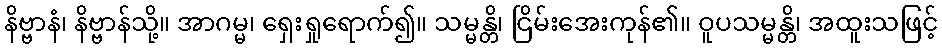
နိဗ္ဗာနံ၊ နိဗ္ဗာန်သို့။ အာဂမ္မ၊ ရှေးရှုရောက်၍။ သမ္မန္တိ၊ ငြိမ်းအေးကုန်၏။ ဝူပသမ္မန္တိ၊ အထူးသဖြင့်